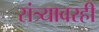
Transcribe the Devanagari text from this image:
संत्र्यावरही